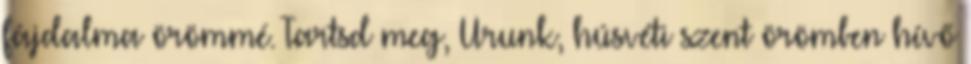
fájdalma örömmé. Tartsd meg, Urunk, húsvéti szent örömben hívő